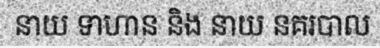
នាយ ទាហាន និង នាយ នគរបាល